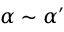
\alpha \sim \alpha ^ { \prime }